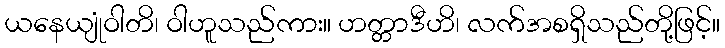
ယနေယျုံဝါတိ၊ ဝါဟူသည်ကား။ ဟတ္တာဒီဟိ၊ လက်အစရှိသည်တို့ဖြင့်။